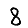
Digit: 8